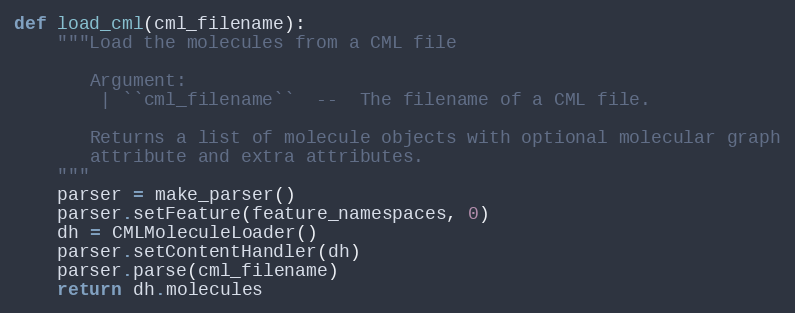
Language: Python
def load_cml(cml_filename):
    """Load the molecules from a CML file

       Argument:
        | ``cml_filename``  --  The filename of a CML file.

       Returns a list of molecule objects with optional molecular graph
       attribute and extra attributes.
    """
    parser = make_parser()
    parser.setFeature(feature_namespaces, 0)
    dh = CMLMoleculeLoader()
    parser.setContentHandler(dh)
    parser.parse(cml_filename)
    return dh.molecules